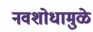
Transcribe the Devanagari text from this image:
नवशोधामुळे